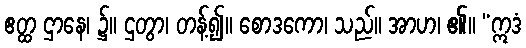
ဧတ္ထ ဌာနေ၊ ၌။ ဌတွာ၊ တန့်၍။ စောဒကော၊ သည်။ အာဟ၊ ၏။ “ဣဒံ